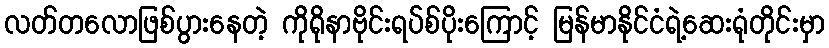
လတ်တလောဖြစ်ပွားနေတဲ့ ကိုရိုနာဗိုင်းရပ်စ်ပိုးကြောင့် မြန်မာနိုင်ငံရဲ့ဆေးရုံတိုင်းမှာ